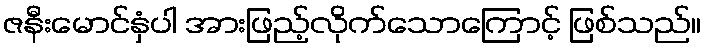
ဇနီးမောင်နှံပါ အားဖြည့်လိုက်သောကြောင့် ဖြစ်သည်။